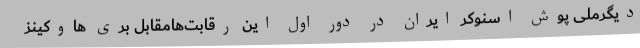
دیگرملی پوش اسنوکر ایران در دور اول این رقابت‌هامقابل بری هاوکینز